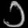
Digit: ၁